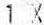
1 X